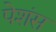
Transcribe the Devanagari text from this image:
पेशंस